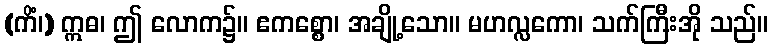
(ကိံ၊) ဣဓ၊ ဤ လောက၌။ ဧကစ္စော၊ အချို့သော။ မဟလ္လကော၊ သက်ကြီးအို သည်။